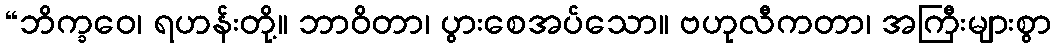
“ဘိက္ခဝေ၊ ရဟန်းတို့။ ဘာဝိတာ၊ ပွားစေအပ်သော။ ဗဟုလီကတာ၊ အကြီးများစွာ